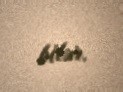
bilər.